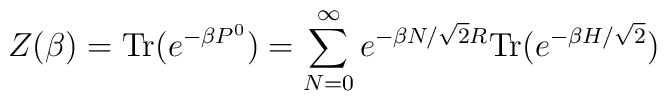
Z(\beta)= {\rm Tr}( e^{-\beta P^0})=\sum_{N=0}^\infty e^{-\beta N/\sqrt{2}R}{\rm Tr}( e^{-\beta H/\sqrt{2} })